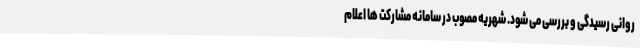
روانی رسیدگی و بررسی می شود. شهریه مصوب در سامانه مشارکت ها اعلام